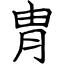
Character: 胄